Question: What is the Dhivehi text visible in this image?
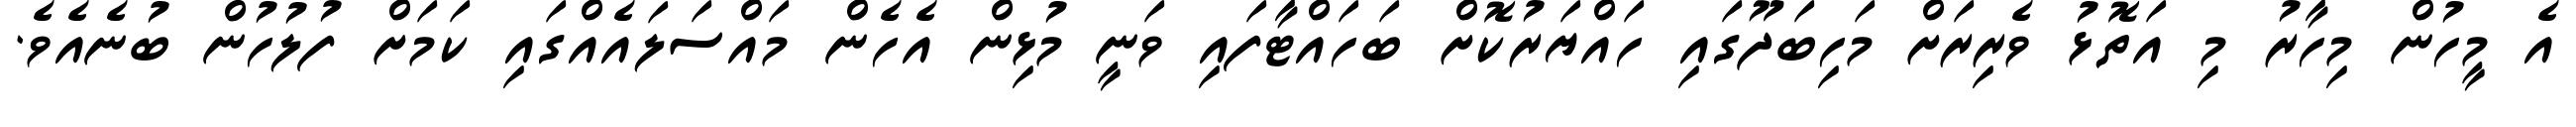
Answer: އެ މީހުން މިހާރު މި އަތޮޅު ވެރިރަށް މަހިބަދޫގައި ހައްޔަރުކޮށް ބަހައްޓާފައި ވަނީ މުޅިން އެހެން މައްސަލައެއްގައި ކަމަށް ފުލުހުން ބުނެއެވެ.